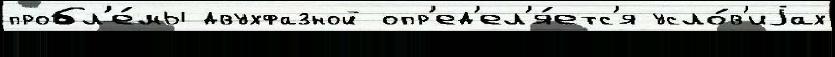
пробл'е́мы двухфазной опр'ед'ел'я́етс'я усло́в'иjах